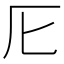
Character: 𠨬